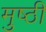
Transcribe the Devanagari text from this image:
मुष्ठी